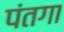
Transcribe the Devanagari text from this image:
पंतगा